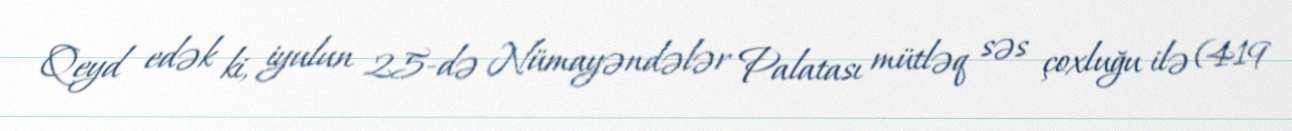
Qeyd edək ki, iyulun 25-də Nümayəndələr Palatası mütləq səs çoxluğu ilə (419